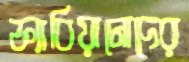
ফ্যাবিয়ানোদের